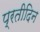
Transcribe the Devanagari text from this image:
प्रतीदिन